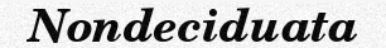
Nondeciduata